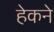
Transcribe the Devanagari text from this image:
हेकने